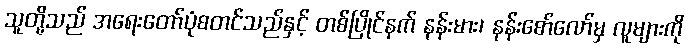
သူတို့သည် အရေးတော်ပုံစတင်သည်နှင့် တစ်ပြိုင်နက် နန်းမား၊ နန်းစော်လော်မှ လူများကို